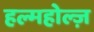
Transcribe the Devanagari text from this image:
हल्महोल्ज़